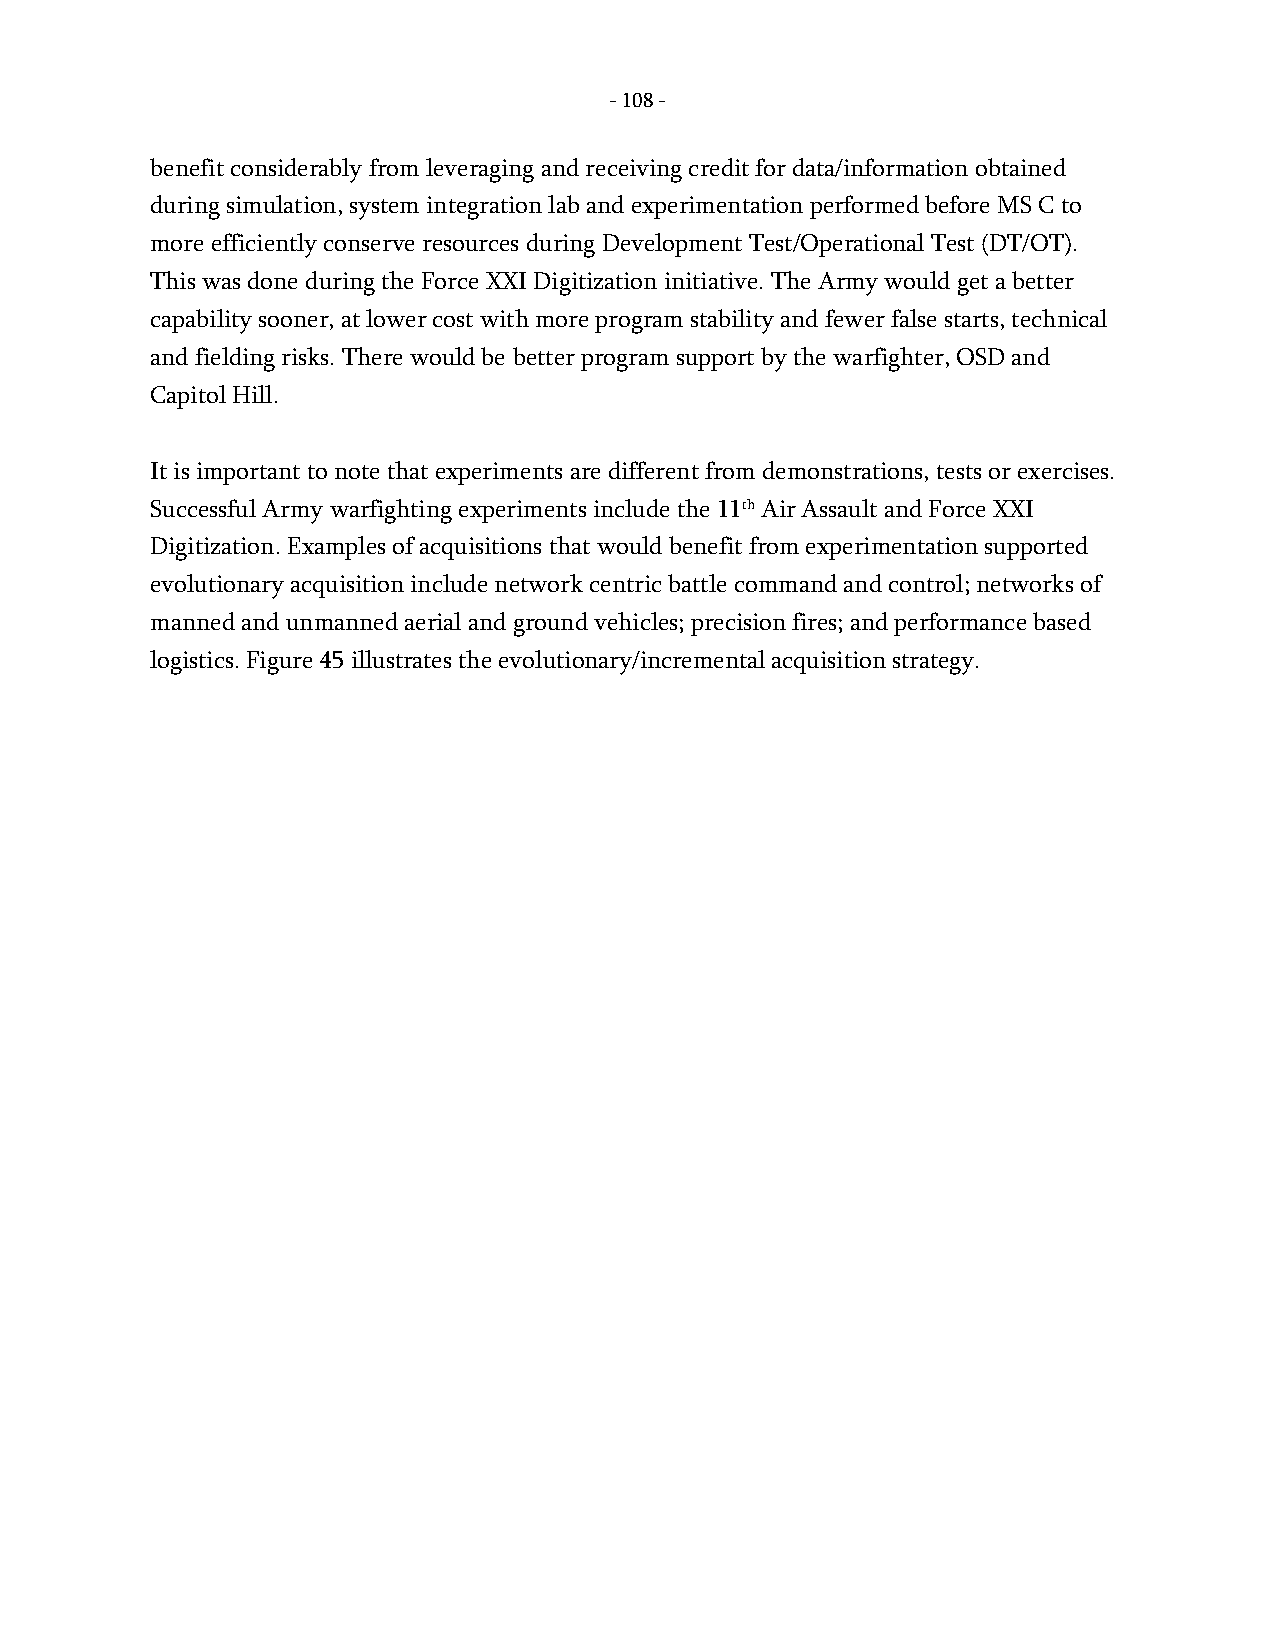
- 108 -
 benefit considerably from leveraging and receiving credit for data/information obtained
 during simulation, system integration lab and experimentation performed before MS C to
 more efficiently conserve resources during Development Test/Operational Test (DT/OT).
 This was done during the Force XXI Digitization initiative. The Army would get a better
 capability sooner, at lower cost with more program stability and fewer false starts, technical
 and fielding risks. There would be better program support by the warfighter, OSD and
 Capitol Hill.
 It is important to note that experiments are different from demonstrations, tests or exercises.
 Successful Army warfighting experiments include the 11th Air Assault and Force XXI
 Digitization. Examples of acquisitions that would benefit from experimentation supported
 evolutionary acquisition include network centric battle command and control; networks of
 manned and unmanned aerial and ground vehicles; precision fires; and performance based
 logistics. Figure 45 illustrates the evolutionary/incremental acquisition strategy.
 -
 108
 -